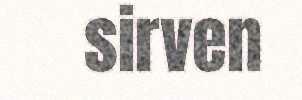
sirven